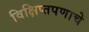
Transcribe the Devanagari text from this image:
विक्षिप्तपणाचे